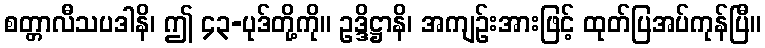
စတ္တာလီသပဒါနိ၊ ဤ ၄၃-ပုဒ်တို့ကို။ ဥဒ္ဒိဋ္ဌာနိ၊ အကျဉ်းအားဖြင့် ထုတ်ပြအပ်ကုန်ပြီ။